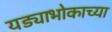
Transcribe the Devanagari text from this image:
यड्याभोकाच्या